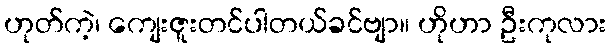
ဟုတ်ကဲ့၊ ကျေးဇူးတင်ပါတယ်ခင်ဗျာ။ ဟိုဟာ ဦးကုလား